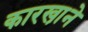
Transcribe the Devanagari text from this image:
कारखा़ने